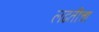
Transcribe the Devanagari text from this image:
लढतीचा